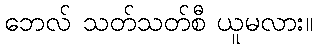
ဘေလ် သတ်သတ်စီ ယူမလား။